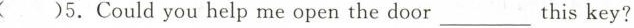
( )5.Could you help me open the door___this key?